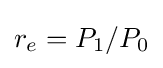
r_{e}=P_{1}/P_{0}